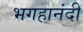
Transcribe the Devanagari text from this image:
भगहानंदी